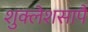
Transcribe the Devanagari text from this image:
शुक्लेशसापै